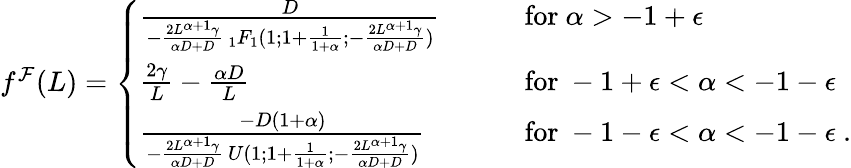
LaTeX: \begin{array}{r}{f^{\mathcal{F}}(L)=\left\{ \begin{array}{ll}{\frac{D}{-\frac{2L^{\alpha+1}\gamma}{\alpha D+D}\, _{1}F_{1}(1;1+\frac{1}{1+\alpha};-\frac{2L^{\alpha+1}\gamma}{\alpha D+D})}\qquad}&{\mathrm{for}\ \alpha>-1+\epsilon}\\ {\frac{2\gamma}{L}-\frac{\alpha D}{L}\qquad}&{\mathrm{for}\ -1+\epsilon<\alpha<-1-\epsilon}\\ {\frac{-D(1+\alpha)}{-\frac{2L^{\alpha+1}\gamma}{\alpha D+D}\, U(1;1+\frac{1}{1+\alpha};-\frac{2L^{\alpha+1}\gamma}{\alpha D+D})}\qquad}&{\mathrm{for}\ -1-\epsilon<\alpha<-1-\epsilon\ .}\end{array}\right.}\end{array}